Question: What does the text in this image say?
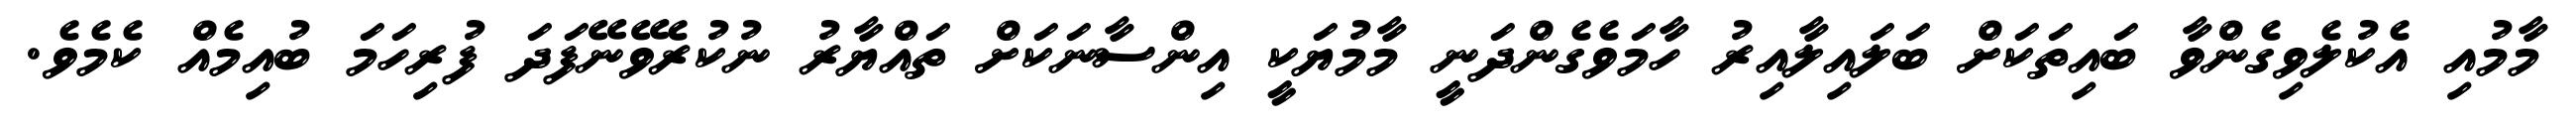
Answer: މާމުއި އެކުލެވިގެންވާ ބައިތަކަށް ބަލައިލާއިރު ހާމަވެގެންދަނީ މާމުޔަކީ އިންސާނަކަށް ތައްޔާރު ނުކުރެވޭނޭފަދަ ފުރިހަމަ ބުއިމެއް ކެމެވެ.